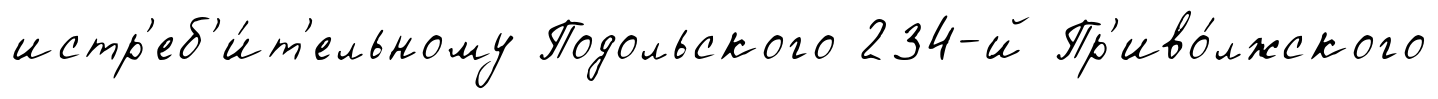
истр'еб'и́т'ельному Подольского 234-й Пр'иво́лжского